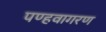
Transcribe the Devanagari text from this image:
पण्हवागरण